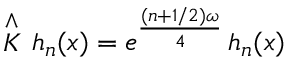
\stackrel { \wedge } { K } \, h _ { n } ( x ) = e ^ { \frac { ( n + 1 / 2 ) \omega } { 4 } } \, h _ { n } ( x )